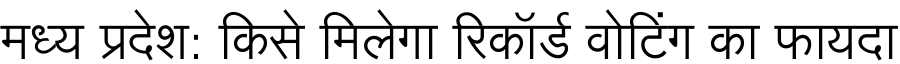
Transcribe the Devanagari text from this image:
मध्य प्रदेश: किसे मिलेगा रिकॉर्ड वोटिंग का फायदा